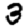
Digit: 3